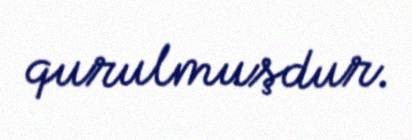
qurulmuşdur.